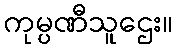
ကုမ္ပဏီသူဌေး။